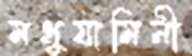
মধুযামিনী